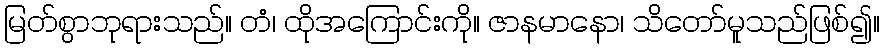
မြတ်စွာဘုရားသည်။ တံ၊ ထိုအကြောင်းကို။ ဇာနမာနော၊ သိတော်မူသည်ဖြစ်၍။